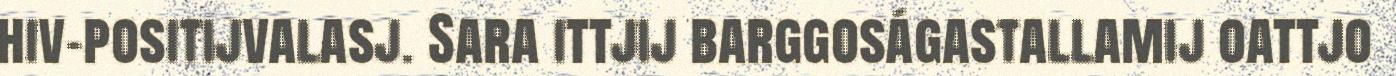
hiv-positijvalasj. Sara ittjij barggoságastallamij oattjo